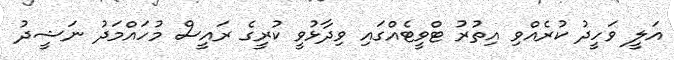
އަލީ ވަހީދު ކުރެއްވި އިތުރު ޓްވީޓެއްގައި ވިދާޅުވީ ކުރީގެ ރައީސް މުހައްމަދު ނަޝީދު